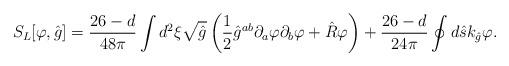
LaTeX: \begin{align*}{S_L}[\varphi,\hat{g}]={{26-d}\over{48\pi}}\int{d^2}\xi\sqrt{\hat{g}}\left({1\over{2}}{\hat{g}^{ab}}{\partial_a}\varphi{\partial_b}\varphi+\hat{R}\varphi\right)+{{26-d}\over{24\pi}}\oint{d}\hat{s}{k_{\hat{g}}}\varphi.\end{align*}